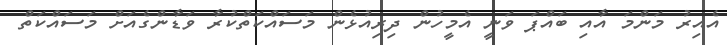
އެއިރު މަންމަ އާއި ބައްޕަ ވަނީ އެމީހުން ދިރިއުޅެން މަސައްކަތްކުރާ ވަޑާންގެއަށް މަސައްކަތް